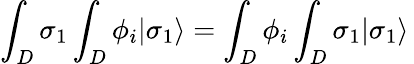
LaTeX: \int_{D}\sigma_{1}\int_{D}\phi_{i}|\sigma_{1}\rangle=\int_{D}\phi_{i}\int_{D}\sigma_{1}|\sigma_{1}\rangle\,